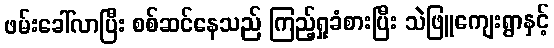
ဖမ်းခေါ်လာပြီး စစ်ဆင်နေသည် ကြည့်ရှုခံစားပြီး သဲဖြူကျေးရွာနှင့်